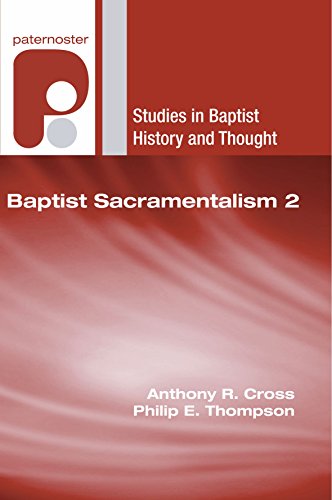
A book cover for Baptist Sacramentalism 2: (Studies in Baptist History and Thought); Christian Books & Bibles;